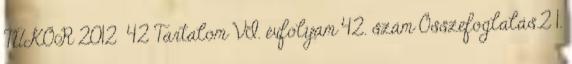
TÜKÖR 2012 42 Tartalom VI. évfolyam 42. szám Összefoglalás.2 1.